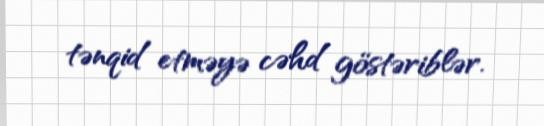
tənqid etməyə cəhd göstəriblər.